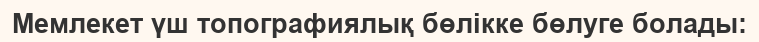
Мемлекет үш топографиялық бөлікке бөлуге болады: